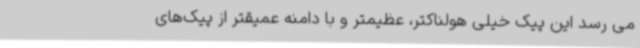
می رسد این پیک خیلی هولناکتر، عظیمتر و با دامنه عمیقتر از پیک‌های